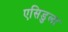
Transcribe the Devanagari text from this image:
एसिडुला